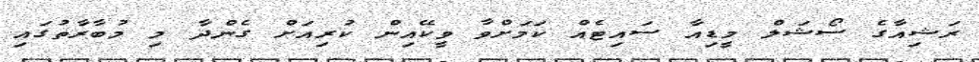
ރަޝިއާގެ ސޯޝަލް މީޑިއާ ސައިޓެއް ކަމަށްވާ ވީކޭއިން ކުރިއަށް ގެންދާ މި މުބާރާތުގައި